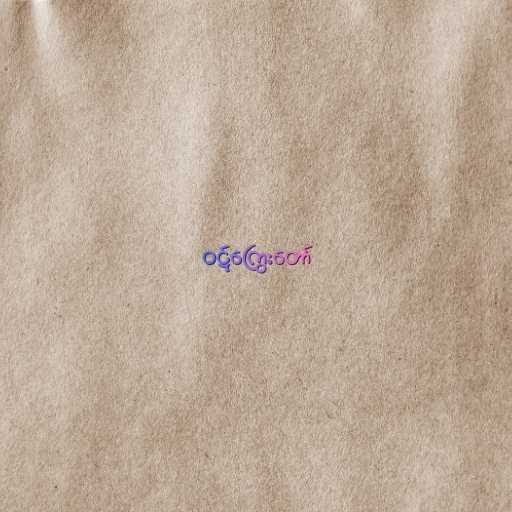
ဝဋ်ကြွေးတော်